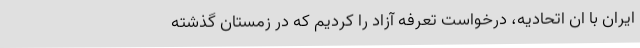
ایران با ان اتحادیه، درخواست تعرفه آزاد را کردیم که در زمستان گذشته